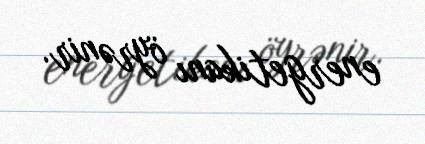
energetikanı öyrənir.